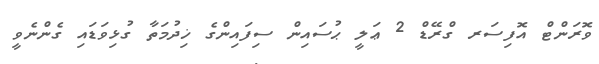
ވޮރަންޓް އޮފިސަރ ގްރޭޑް 2 ޢަލީ ޙުސައިން ސިފައިންގެ ޚިދުމަތާ ގުޅިވަޑައި ގެންނެވީ